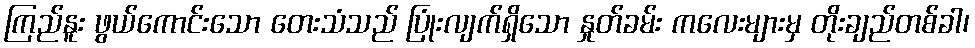
ကြည်နူး ဖွယ်ကောင်းသော တေးသံသည် ပြုံးလျက်ရှိသော နှုတ်ခမ်း ကလေးများမှ တိုးချည်တစ်ခါ၊